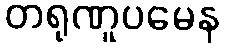
တရုဏူပမေန